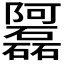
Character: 𲉦